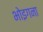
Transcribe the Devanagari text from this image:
भोइगना